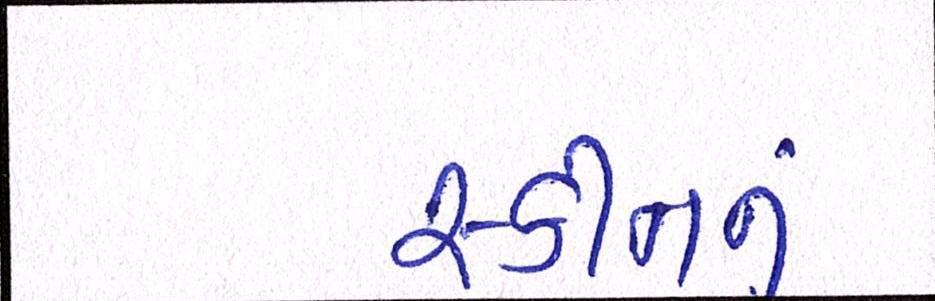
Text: સ્કીનનું